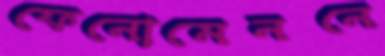
ফেনোমেননে